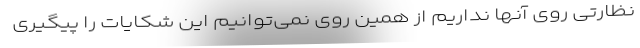
نظارتی روی آنها نداریم از همین روی نمی‌توانیم این شکایات را پیگیری